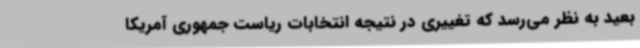
بعید به نظر می‌رسد که تغییری در نتیجه انتخابات ریاست جمهوری آمریکا